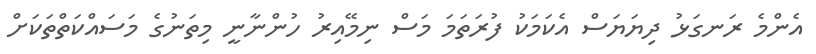
އެންމެ ރަނގަޅު ދިޔަޔަސް އެކަމަކު ފުރަތަމަ މަސް ނިމޭއިރު ހުންނާނީ މިތަނުގެ މަސައްކަތްތަކަށް